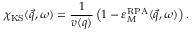
\chi _ { \mathrm { K S } } ( \vec { q } , \omega ) = \frac { 1 } { v ( q ) } \left( 1 - \varepsilon _ { M } ^ { \mathrm { R P A } } ( \vec { q } , \omega ) \right) .